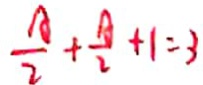
\frac { A } { 2 } + \frac { A } { 2 } + 1 = 3